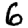
Digit: 6